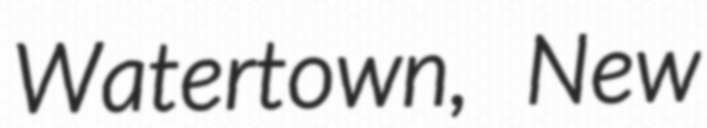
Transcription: Watertown, New